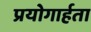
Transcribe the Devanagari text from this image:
प्रयोगार्हता